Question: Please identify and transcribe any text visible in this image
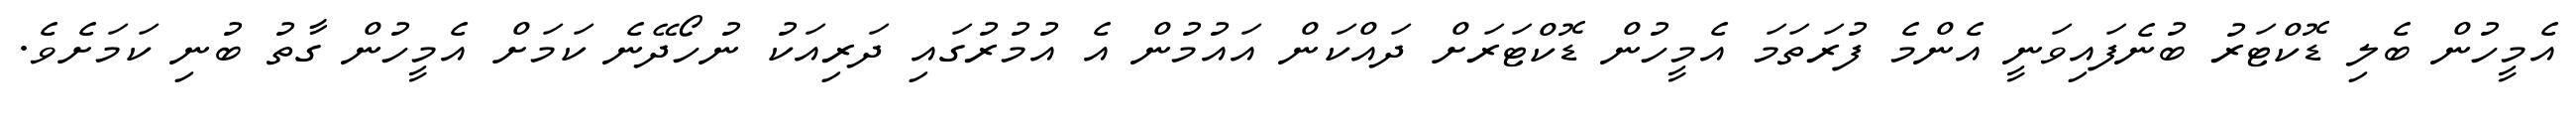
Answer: އެމީހުން ބެލި ޑޮކްޓަރު ބުނެފައިވަނީ އެންމެ ފުރަތަމަ އެމީހުން ޑޮކްޓަރަށް ދައްކަން އައުމުން އެ އުމުރުގައި ދަރިއަކު ނުހޯދޭނެ ކަމަށް އެމީހުން ގާތު ބުނި ކަމަށެވެ.